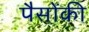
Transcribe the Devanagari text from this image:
पैसोंकी